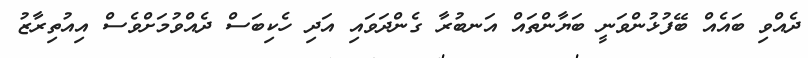
ދެއްވި ބައެއް ބޭފުޅުންވަނީ ބަޔާންތައް އަނބުރާ ގެންދަވައި އަދި ހެކިބަސް ދެއްވުމަށްވެސް އިއުތިރާޒު